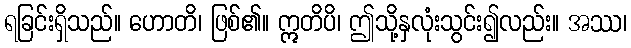
ရခြင်းရှိသည်။ ဟောတိ၊ ဖြစ်၏။ ဣတိပိ၊ ဤသို့နှလုံးသွင်း၍လည်း။ အဿ၊